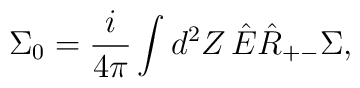
\Sigma_{0}=\frac{i}{4\pi}\int d^{2}Z\, \hat{E}\hat{R}_{+-}\Sigma ,